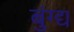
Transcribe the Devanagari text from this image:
बुंग्द्य